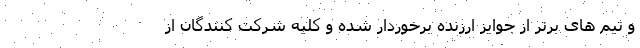
و تیم های برتر از جوایز ارزنده برخوردار شده و کلیه شرکت کنندگان از